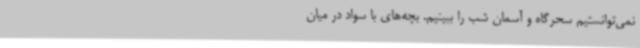
نمی‌توانستیم سحرگاه و آسمان شب را ببینیم. بچه‌های با سواد در میان